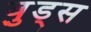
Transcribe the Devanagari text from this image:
व़ुड्स